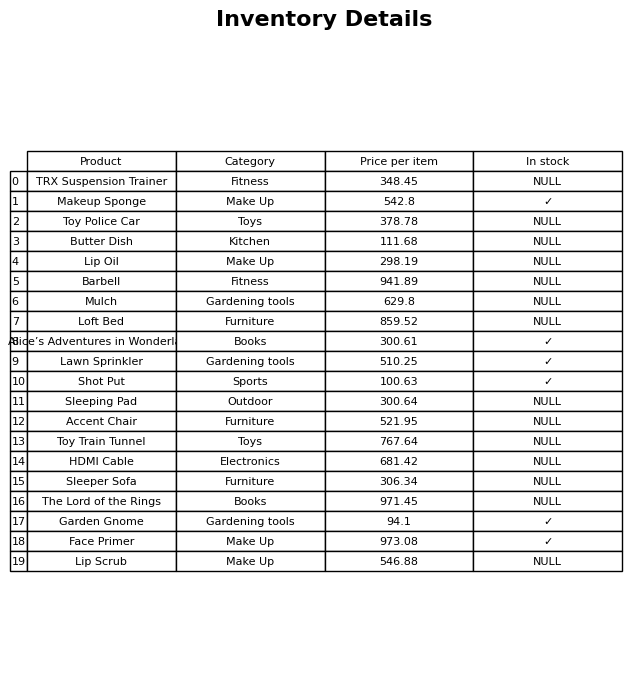
question: What is the price of the Face Primer?
answer: The price of Face Primer is 973.08.